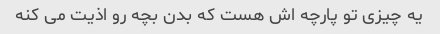
یه چیزی تو پارچه اش هست که بدن بچه رو اذیت می کنه